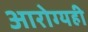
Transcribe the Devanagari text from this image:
आरोग्यही